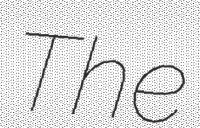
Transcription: The